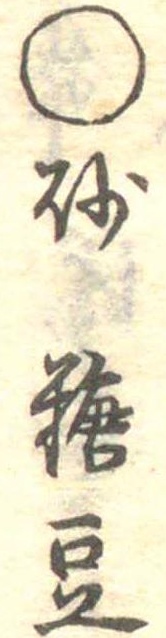
○砂糖豆